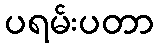
ပရမ်းပတာ